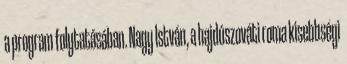
a program folytatásában. Nagy István, a hajdúszováti roma kisebbségi